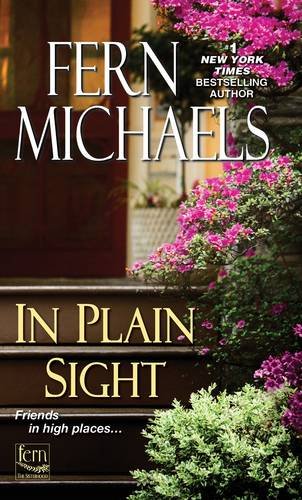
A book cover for In Plain Sight (Sisterhood); Fern Michaels; Romance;